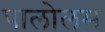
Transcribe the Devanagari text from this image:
पालोलम